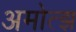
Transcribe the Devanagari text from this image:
अमोत्झ